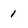
Character: 1